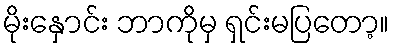
မိုးနှောင်း ဘာကိုမှ ရှင်းမပြတော့။